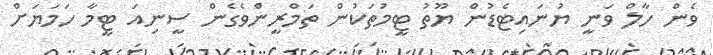
ވެން ހާލް ވަނީ ޔުނައިޓެޑުން ޔޫތު ޓީމުތަކުން ތަމްރީންވެގެން ސީނިއަ ޓީމާ ހަމަޔަށް